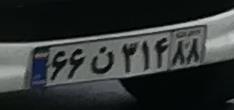
۶۶ن۲۱۴۸۶